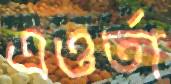
এওর্তা